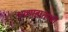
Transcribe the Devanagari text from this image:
अव्याहातपणे